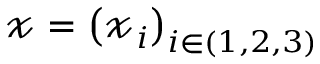
\boldsymbol { \mathscr { x } } = \left( \boldsymbol { \mathscr { x } } _ { i } \right) _ { i \in ( 1 , 2 , 3 ) }